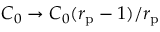
C _ { 0 } \to C _ { 0 } ( r _ { \mathrm { p } } - 1 ) / r _ { \mathrm { p } }